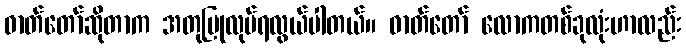
ဓာတ်တော်ဆိုတာက အတုပြုလုပ်ရလွယ်ပါတယ်။ ဓာတ်တော် လောကတစ်ခုလုံးဟာလည်း